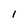
Character: I